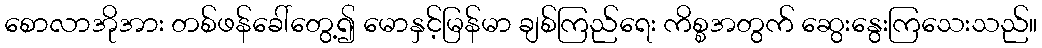
စောလာအိုအား တစ်ဖန်ခေါ်တွေ့၍ မောနှင့်မြန်မာ ချစ်ကြည်ရေး ကိစ္စအတွက် ဆွေးနွေးကြသေးသည်။